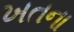
ખતના